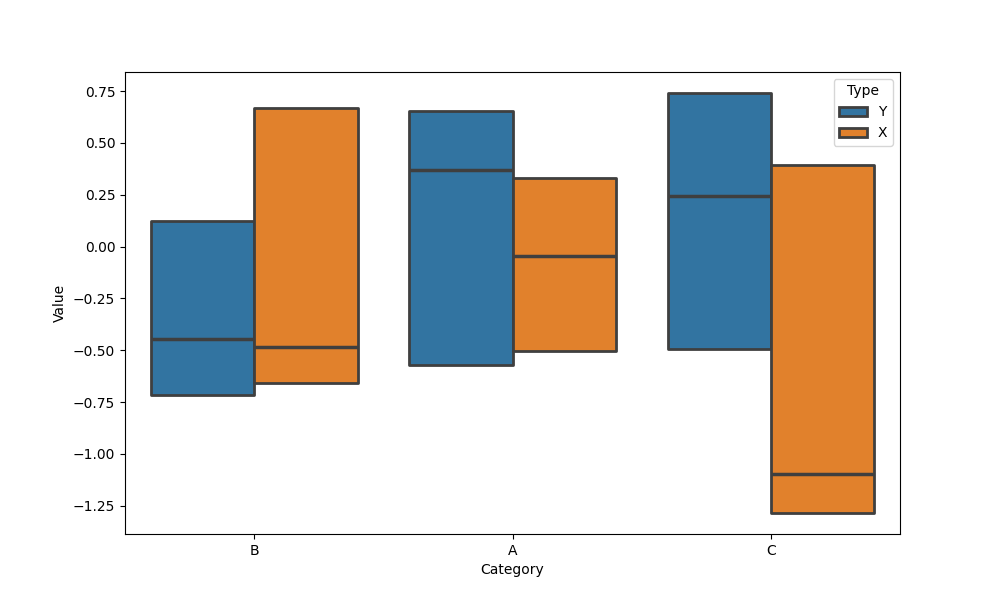
python, seaborn, boxenplot, k_depth='tukey', linewidth=2, scale='linear', outlier_prop=0.2, showfliers=False